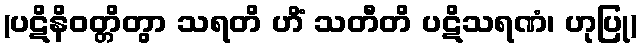
(ပဋိနိဝတ္တိတွာ သရတိ ဟိံ သတီတိ ပဋိသရဏံ၊ ဟုပြု)